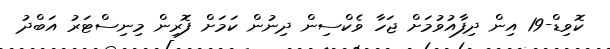
ކޮވިޑް-19 އިން ދިފާއުވުމަށް ޖަހާ ވެކްސިން ދިނުން ކަމަށް ފޮރިން މިނިސްޓަރު އަބްދު